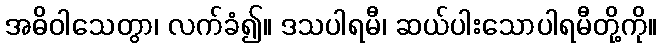
အဓိဝါသေတွာ၊ လက်ခံ၍။ ဒသပါရမီ၊ ဆယ်ပါးသောပါရမီတို့ကို။